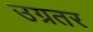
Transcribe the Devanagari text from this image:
उग्रतर